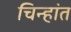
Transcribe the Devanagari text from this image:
चिन्हांत